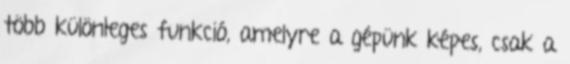
több különleges funkció, amelyre a gépünk képes, csak a